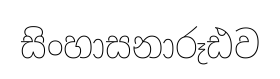
සිංහාසනාරූඪව